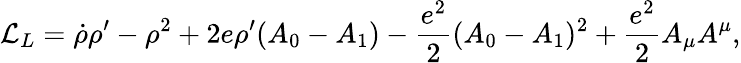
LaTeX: {\cal L}_{L}=\dot{\rho}\rho^{\prime}-\rho^{2}+2e\rho^{\prime}(A_{0}-A_{1})-{\frac{e^{2}}{2}}(A_{0}-A_{1})^{2}+{\frac{e^{2}}{2}}A_{\mu}A^{\mu},